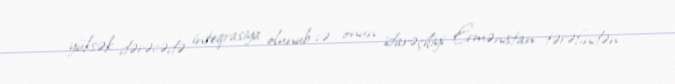
yüksək dərəcədə inteqrasiya olunub və onun idarəçiliyi Ermənistan tərəfindən